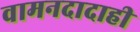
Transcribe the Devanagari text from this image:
वामनदादाही